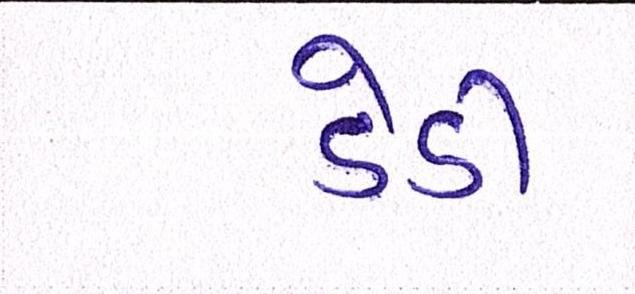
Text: ડેડી